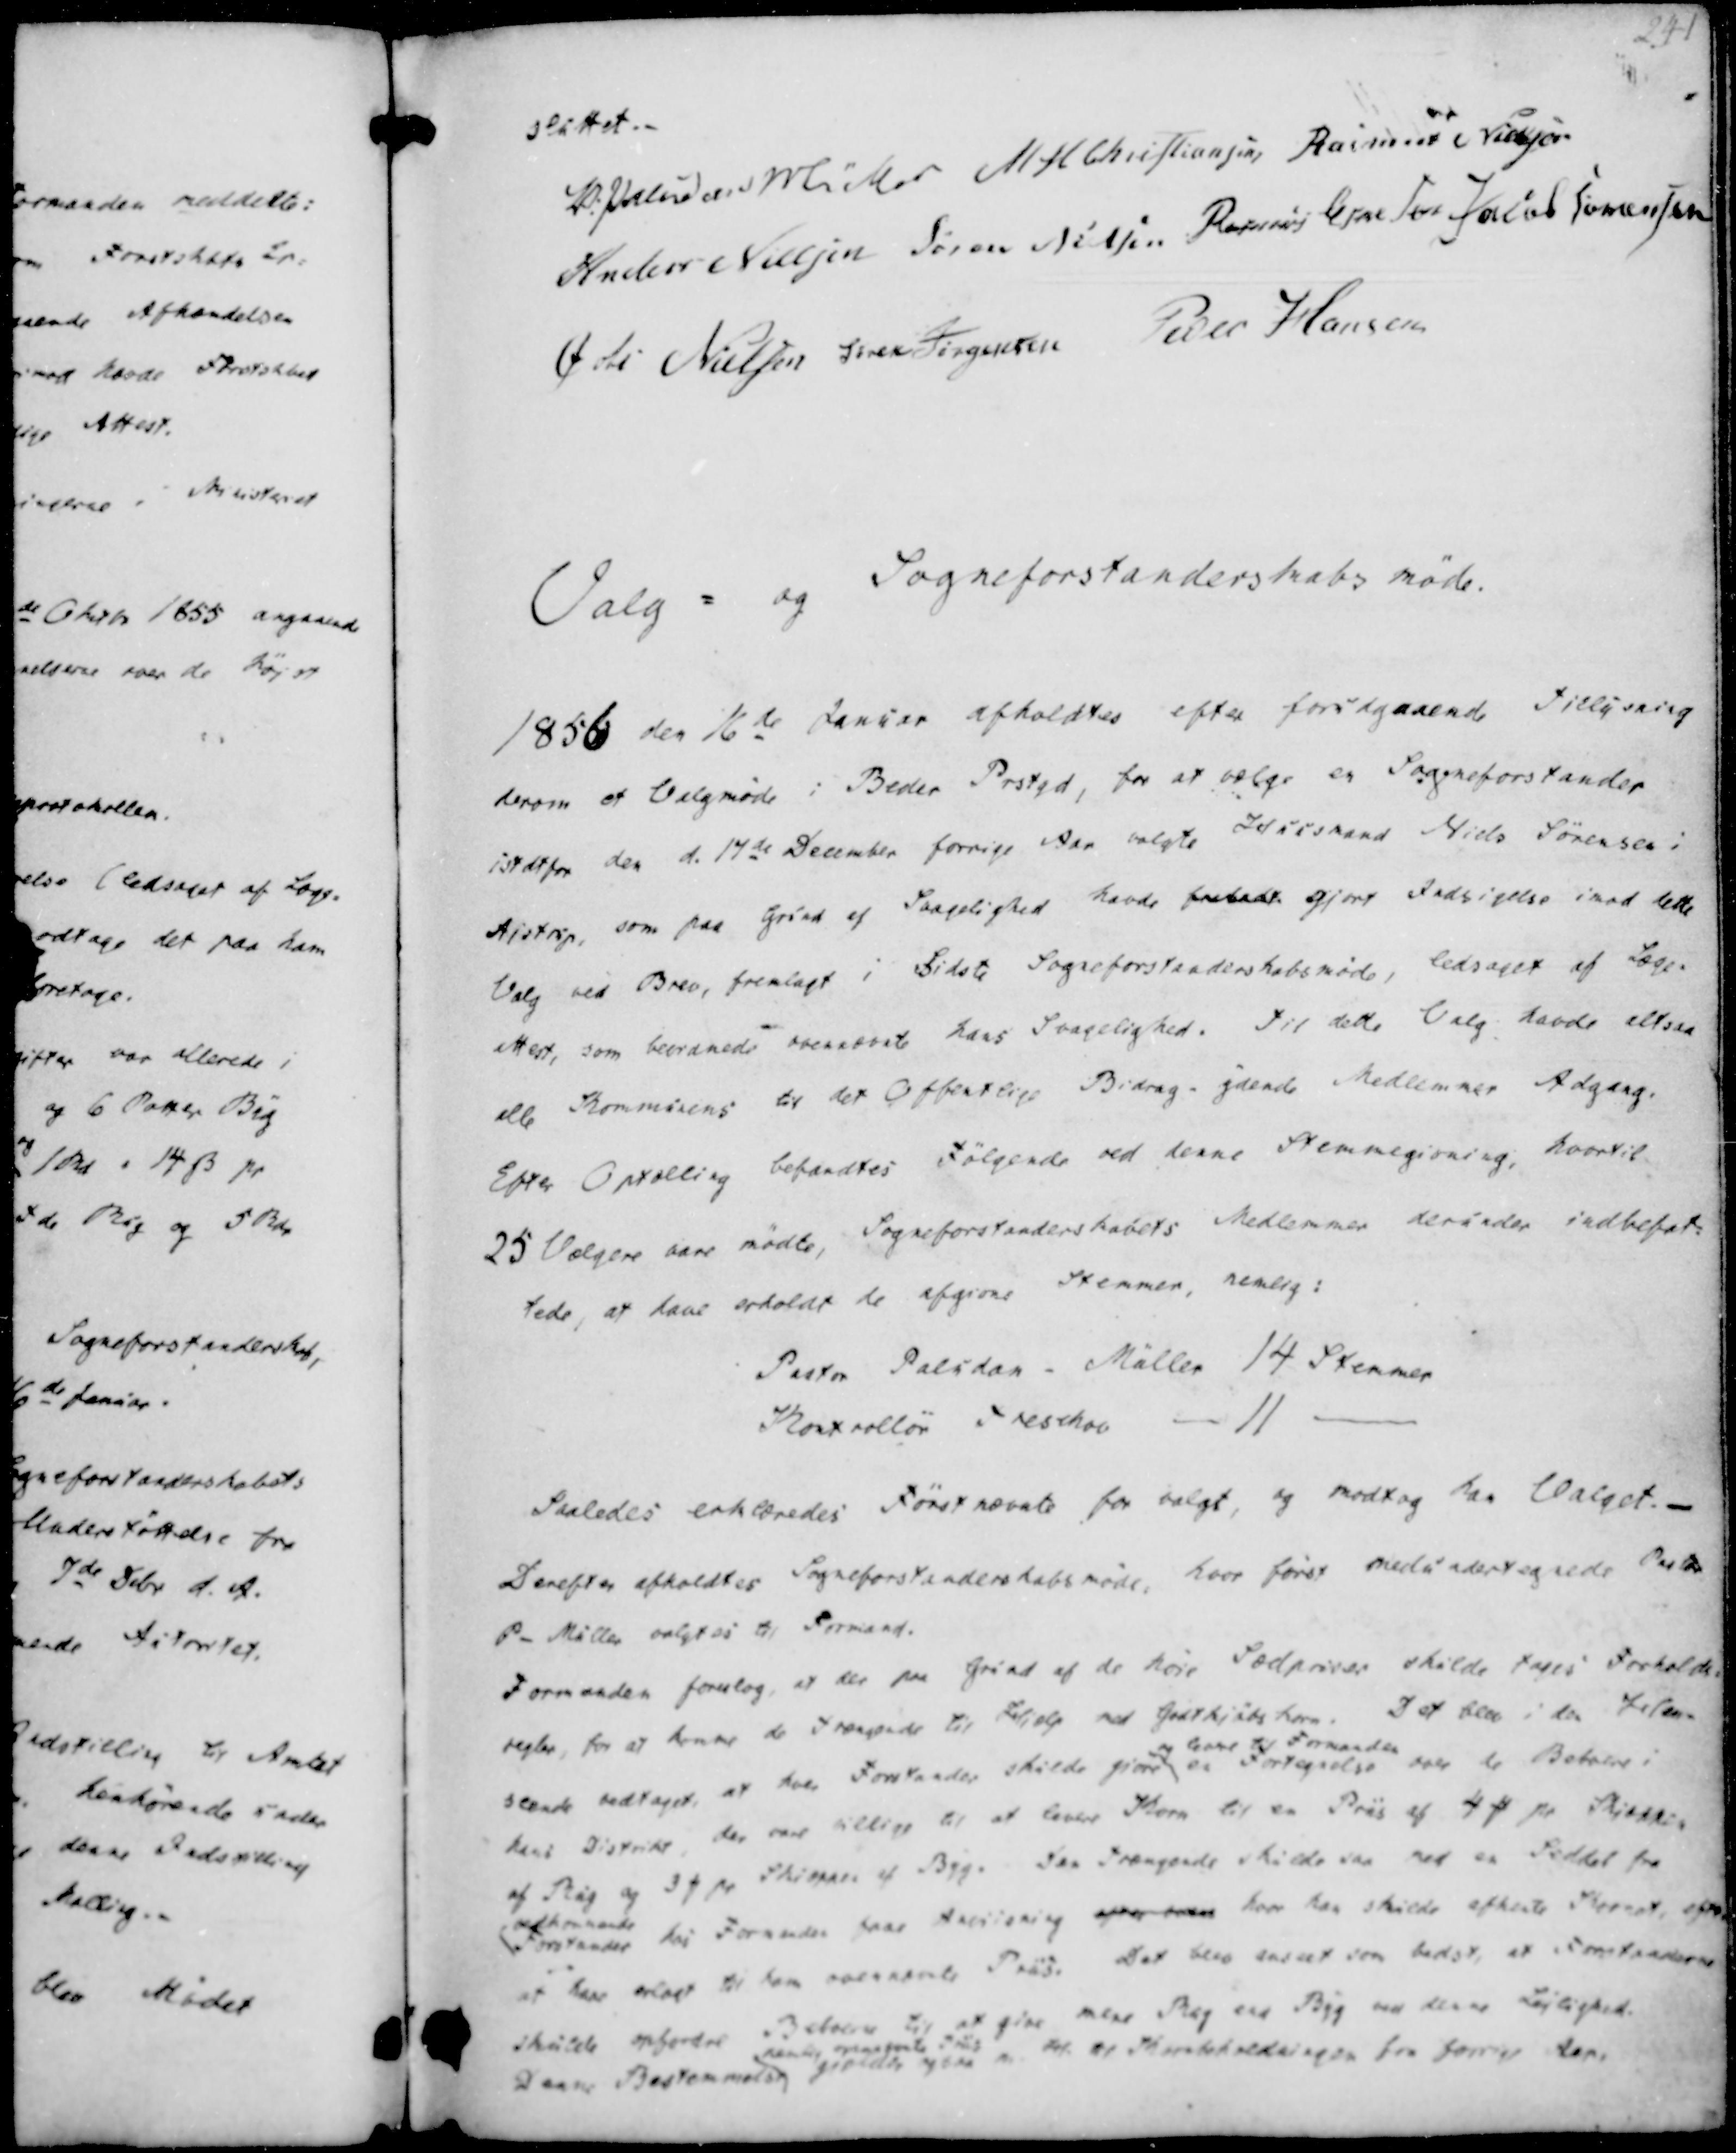
Transskription:
sluttet.
V. Paludan Müller
M. H. Christiansen
Rasmus Nielsen
Anders Nielsen
Søren Nielsen
Rasmus Eskesen
Jacob Sørensen
Øvli Nielsen
Søren Jørgensen
Peder Hansen

Valg - og Sogneforstanderskabsmøde.

1856 den 16de Januar afholdtes efter forudgaaende Tillysning
herom et Valgmøde i Beder Prstgd, for at vælge en Sogneforstander
istdt for den d. 17de December forrige Aar valgte Huusmand Niels Sørensen
Ajstrup, som paa Grund af Svagelighed havde frabedt gjort Indsigelse imod dette
Valg ved Brev, fremlagt i Sidste Sogneforstanderskabsmøde, ledsaget af Læge-
attest, som beordnede ovennævnte hans Svagelighed. Til dette Valg havde altsaa
alle Kommunens til det Offentlige Bidrag-ydende Medlemmer Adgang.
Efter Optælling befandtes Følgende ved denne Stemmegivning, hvortil
25 Vælgere være mødte, Sogneforstanderskabets Medlemmer derunder indbefat-
tede, at have erholdt de afgivne Stemmer, nemlig:

Pastor Paludan - Müller 14 Stemmer
Kontrollør Treschov -- 11 -

Saaledes erklæredes Førstnævnte for valgt, og modtog han Valget.-
Derefter afholdtes Sogneforstanderskabsmøde, hvor først medundertegnede Pastor
P- Müller valgtes og Formand.
Formanden foreslog, at der paa Grund af de høie Sædpriser skulde tages Forholds-
regler, for at komme de trængende til Hjælp med Godtkjøbskorn. Det blev i den Hen-
seende vedtaget, at hver Forstander skulde giøre
og levere til Formanden
en Fortegnelse over de Beboere i
hans Distrikt, der være villige til at levere Korn til en Pris af 4 ₻ pr Skjæppe
af Rug og 3 ₻ pr Skiæppe af Byg. For Trængende skulde saa med en Seddel fra
vedkommende
Forstander hos Formanden faae Anviisning efter være hvor han skulde afhente Kornet, efter
at have erlagt til ham ovennævnte Trus. Det blev anseet som bedst, at Forstandenerne
skulde opfordre Beboerne til at give mere Rug end Byg ved denne Lejlighed.
Denne Bestemmelse
nemlig ovennævnte Trus
gjælder ogsaa m. H. til Kornbeholdningen fra forrige Aar.